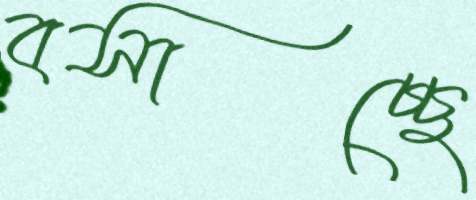
বসাচ্ছে